Report on sanitation, dispensaries, and jails in Rajputana for 1919, and on vaccination for the year 1919-1920 - 1919-1920
Year: 1919
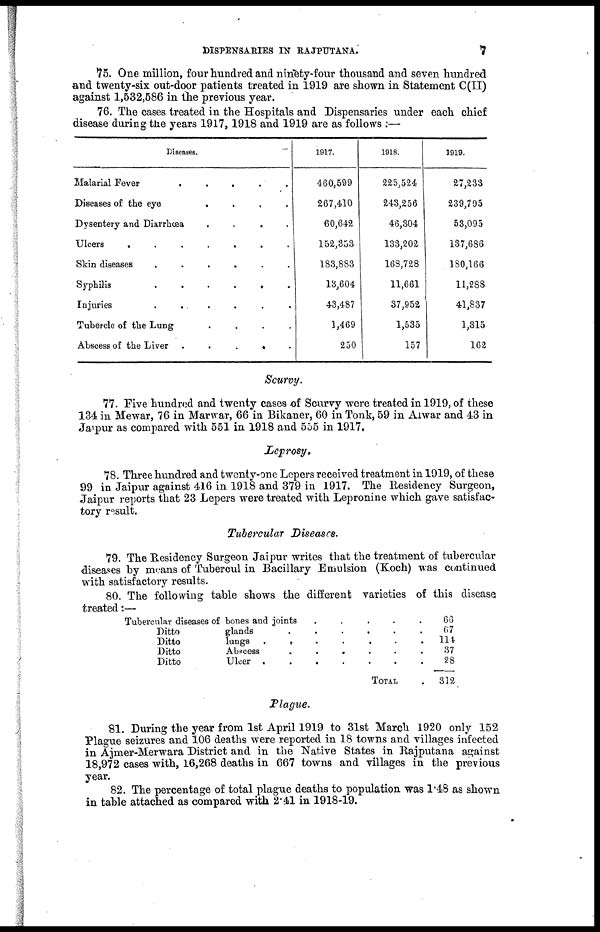
DISPENSARIES IN RAJPUTANA.
7
75. One million, four hundred and ninety-four thousand and seven hundred
and twenty-six out-door patients treated in 1919 are shown in Statement C(II)
against 1,532,586 in the previous year.
76. The cases treated in the Hospitals and Dispensaries under each chief
disease during the years 1917, 1918 and 1919 are as follows :—
Diseases.
Malarial Fever
.
.
.
.
.
Diseases of the eye
.
.
.
.
.
Dysentery and Diarrhœa
.
.
.
.
.
Ulcers
.
.
.
.
.
Skin diseases
.
.
.
.
.
Syphilis
.
.
.
.
.
Injuries
.
.
.
.
.
Tubercle of the Lung
.
.
.
.
.
Abscess of the Liver
.
.
.
.
.
1917.
460,599
267,410
60,642
152,353
183,883
13,604
43,487
1,469
250
1918.
225,524
243,256
46,304
133,202
168,728
11,661
37,952
1,535
157
1919.
27,233
239,795
53,095
137,686
180,166
11,288
41,837
1,315
162
Scurvy.
77. Five hundred and twenty cases of Scurvy were treated in 1919, of these
134 in Mewar, 76 in Marwar, 66 in Bikaner, 60 in Tonk, 59 in Alwar and 43 in
Jaipur as compared with 551 in 1918 and 555 in 1917.
Leprosy.
78. Three hundred and twenty-one Lepers received treatment in 1919, of these
99 in Jaipur against 416 in 1918 and 379 in 1917. The Residency Surgeon,
Jaipur reports that 23 Lepers were treated with Lepronine which gave satisfac-
tory result.
Tubercular Diseases.
79. The Residency Surgeon Jaipur writes that the treatment of tubercular
diseases by means of Tubercul in Bacillary Emulsion (Koch) was continued
with satisfactory results.
80. The following table shows the different varieties of this disease
treated:—
Tubercular diseases of bones and joints . . . . . .
Ditto
Ditto
Ditto
Ditto
glands
.
.
.
.
.
.
lungs
.
.
.
.
.
.
Abscess
.
.
.
.
.
.
Ulcer
.
.
.
.
.
.
TOTAL
66
67
114
37
28
312
Plague.
81. During the year from 1st April 1919 to 31st March 1920 only 152
Plague seizures and 106 deaths were reported in 18 towns and villages infected
in Ajmer-Merwara District and in the Native States in Rajputana against
18,972 cases with, 16,268 deaths in 667 towns and villages in the previous
year.
82. The percentage of total plague deaths to population was 1.48 as shown
in table attached as compared with 2.41 in 1918-19.